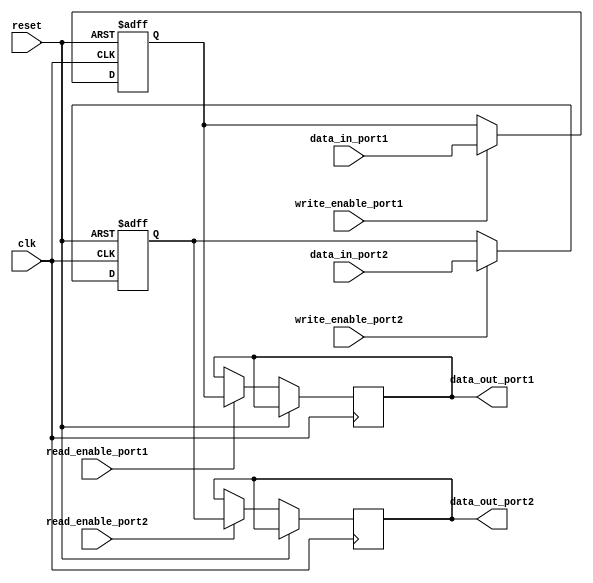
module dual_port_register (
  input clk,
  input reset,
  input [7:0] data_in_port1,
  input [7:0] data_in_port2,
  input write_enable_port1,
  input write_enable_port2,
  input read_enable_port1,
  input read_enable_port2,
  output reg [7:0] data_out_port1,
  output reg [7:0] data_out_port2
);

reg [7:0] reg1;
reg [7:0] reg2;

always @(posedge clk or posedge reset) begin
  if (reset) begin
    reg1 <= 0;
    reg2 <= 0;
  end else begin
    if (write_enable_port1) begin
      reg1 <= data_in_port1;
    end
    if (read_enable_port1) begin
      data_out_port1 <= reg1;
    end
    if (write_enable_port2) begin
      reg2 <= data_in_port2;
    end
    if (read_enable_port2) begin
      data_out_port2 <= reg2;
    end
  end
end

endmodule